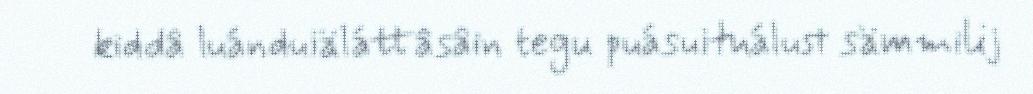
kiddâ luánduiäláttâsâin tegu puásuituálust sämmilij